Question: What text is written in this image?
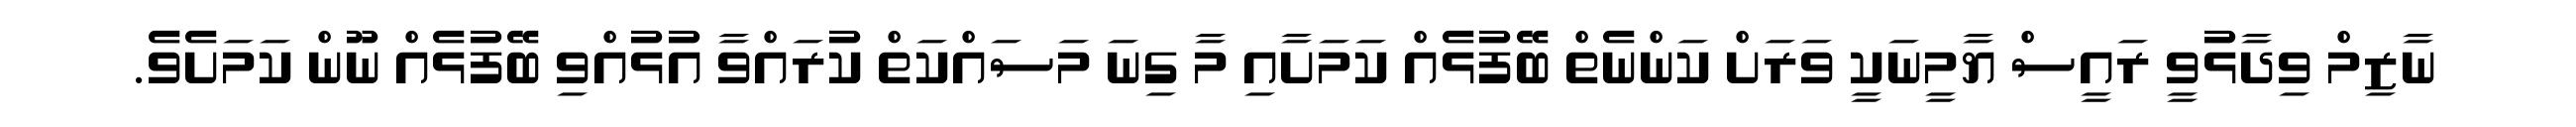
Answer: ނާޒިމް ވިދާޅުވީ ރައީސް ޔާމީނަކީ ވަރަށް ކަންނެތް ބޭފުޅެއް ކަމަށާއި މާ ގިނަ މަސައްކަތް ކުރައްވާ އުޅުއްވި ބޭފުޅެއް ނޫން ކަމަށެވެ.